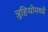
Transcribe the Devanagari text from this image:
त्रुहियोमध्ये